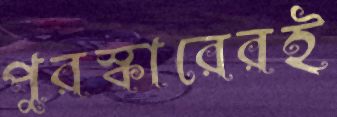
পুরস্কারেরই